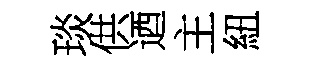
琰供迺主紐